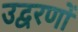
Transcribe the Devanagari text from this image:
उद्वरणों